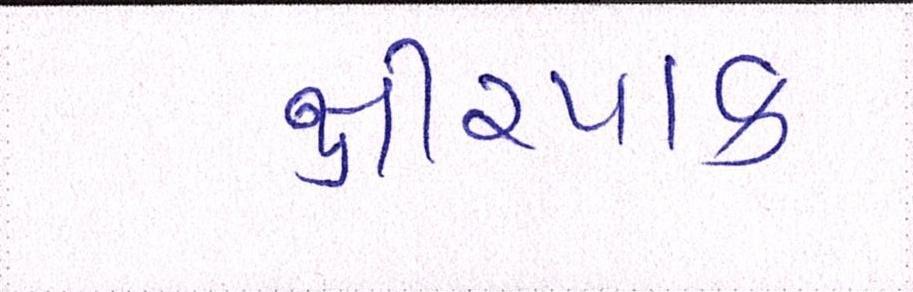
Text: ક્ષીરપાક